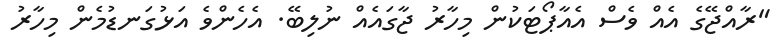
"ރާއްޖޭގެ އެއް ވެސް އެއާޕޯޓަކުން މިހާރު ޖާގައެއް ނުލިބޭ. އެހެންވެ އަޅުގަނޑުމެން މިހާރު